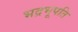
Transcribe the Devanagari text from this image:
भद्रभूपति